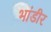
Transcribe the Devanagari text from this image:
भांडीर